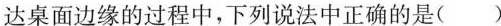
达桌面边缘的过程中，下列说法中正确的是()